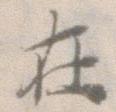
在